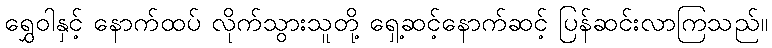
ရွှေဝါနှင့် နောက်ထပ် လိုက်သွားသူတို့ ရှေ့ဆင့်နောက်ဆင့် ပြန်ဆင်းလာကြသည်။